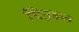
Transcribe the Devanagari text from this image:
चिन्नङळ